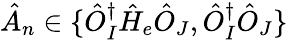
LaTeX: \hat{A}_{n}\in\{ \hat{O}_{I}^{\dagger}\hat{H}_{e}\hat{O}_{J},\hat{O}_{I}^{\dagger}\hat{O}_{J}\}